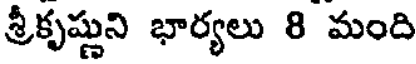
శ్రీకృష్ణుని భార్యలు 8 మంది